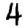
Digit: 4